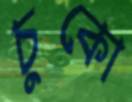
চুকো